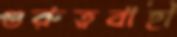
গুরুত্ববাহী